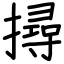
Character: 撏